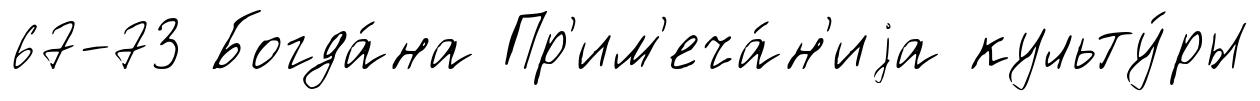
67-73 Богда́на Пр'им'еча́н'иjа культу́ры